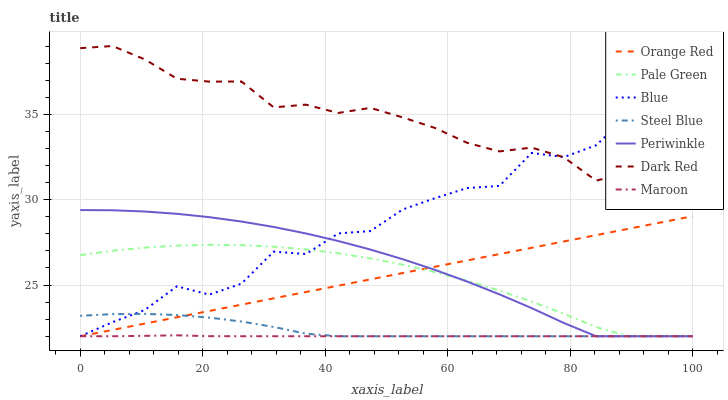
| xaxis_label | Orange Red | Pale Green | Blue | Steel Blue | Periwinkle | Dark Red | Maroon |
 | --- | --- | --- | --- | --- | --- | --- | --- |
 | 0 | 22 | 26.8 | 22 | 23.2 | 29.4 | 38.9 | 22 |
 | 5.26 | 22.4 | 27 | 22.8 | 23.3 | 29.4 | 39 | 22 |
 | 10.5 | 22.7 | 27.2 | 23.5 | 23.3 | 29.3 | 38.2 | 22 |
 | 15.8 | 23.1 | 27.3 | 24.9 | 23.2 | 29.2 | 37.1 | 22.1 |
 | 21.1 | 23.5 | 27.4 | 24.4 | 23.1 | 29 | 36.9 | 22 |
 | 26.3 | 23.9 | 27.3 | 25.1 | 22.9 | 28.7 | 36.9 | 22 |
 | 31.6 | 24.2 | 27.2 | 27 | 22.5 | 28.4 | 35.4 | 22 |
 | 36.8 | 24.6 | 27.1 | 26.8 | 22.1 | 28 | 35.6 | 22 |
 | 42.1 | 25 | 26.9 | 28 | 22 | 27.6 | 35.1 | 22 |
 | 47.4 | 25.3 | 26.6 | 28.2 | 22 | 27.1 | 35.4 | 22 |
 | 52.6 | 25.7 | 26.2 | 29.4 | 22 | 26.5 | 34.8 | 22 |
 | 57.9 | 26.1 | 25.8 | 30.1 | 22 | 25.9 | 34.2 | 22 |
 | 63.2 | 26.4 | 25.3 | 30.7 | 22 | 25.2 | 33.3 | 22 |
 | 68.4 | 26.8 | 24.7 | 30.8 | 22 | 24.5 | 32.8 | 22 |
 | 73.7 | 27.2 | 24 | 32.7 | 22 | 23.6 | 33 | 22 |
 | 78.9 | 27.6 | 23.3 | 32.5 | 22 | 22.8 | 32.5 | 22 |
 | 84.2 | 27.9 | 22.5 | 33.2 | 22 | 22 | 31.1 | 22 |
 | 89.5 | 28.3 | 22 | 35 | 22 | 22 | 31.6 | 22 |
 | 94.7 | 28.7 | 22 | 34.3 | 22 | 22 | 30.7 | 22 |
 | 100 | 29 | 22 | 35.5 | 22 | 22 | 30.4 | 22 |